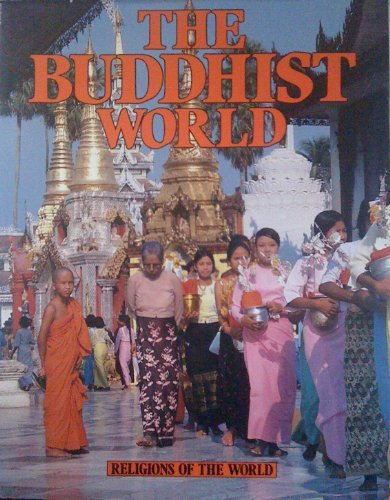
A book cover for Buddhism (Religions of the World); Anne Bancroft; Teen & Young Adult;